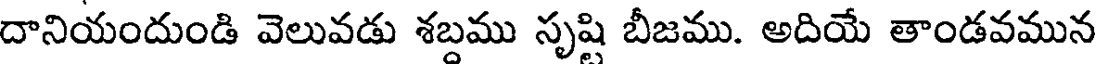
దానియందుండి వెలువడు శబ్దము సృష్టి బీజము. అదియే తాండవమున